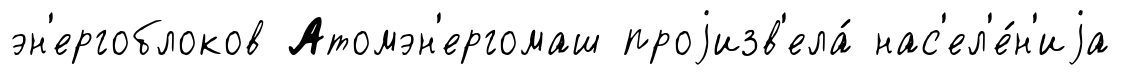
эн'ергоблоков Атомэн'ергомаш проjизв'ела́ нас'ел'е́н'иjа